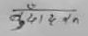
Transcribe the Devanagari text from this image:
बुढारन